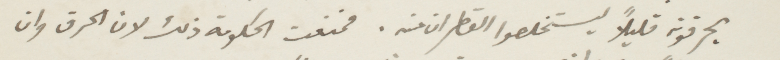
يحرقونه قليلًا ليستخلصوا القظران منه. فمنعت الحكومة ذلك لان الحرق وان